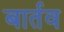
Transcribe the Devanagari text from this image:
बार्तव